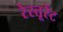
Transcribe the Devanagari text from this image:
रेस्तूरेंट